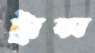
ট্রান্স